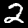
Digit: 2